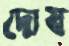
দোষ